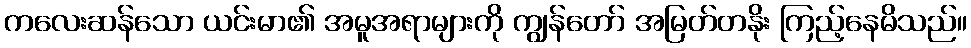
ကလေးဆန်သော ယင်းမာ၏ အမူအရာများကို ကျွန်တော် အမြတ်တနိုး ကြည့်နေမိသည်။